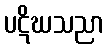
ပဋိဃသညာ